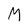
Character: M